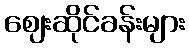
ဈေးဆိုင်ခန်းများ